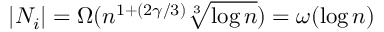
| N _ { i } | = \Omega ( n ^ { 1 + ( 2 \gamma / 3 ) } \sqrt [ 3 ] { \log n } ) = \omega ( \log n )